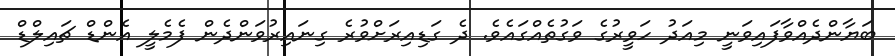
ބަޔާންދެއްވާފައިވަނީ މިއަދު ހަވީރުގެ ވަގުތެއްގައެވެ. ދެ ގަޑިއިރަށްވުރެ ގިނައިރުވަންދެން ފެމެލީ އެންޑް ޗައިލްޑް